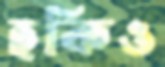
হকিও